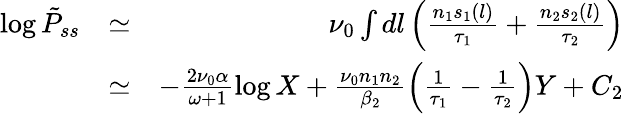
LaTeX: \begin{array}{rlr}{\log\tilde{P}_{ss}}&{\simeq}&{\nu_{0}\int dl\left(\frac{n_{1}s_{1}(l)}{\tau_{1}}+\frac{n_{2}s_{2}(l)}{\tau_{2}}\right)}\\ &{\simeq}&{-\frac{2\nu_{0}\alpha}{\omega+1}\log X+\frac{\nu_{0}n_{1}n_{2}}{\beta_{2}}\left(\frac{1}{\tau_{1}}-\frac{1}{\tau_{2}}\right)Y+C_{2}}\end{array}